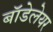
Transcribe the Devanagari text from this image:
बॉडेलेयर